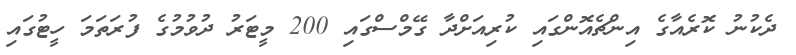
ދެކުނު ކޮރެއާގެ އިންޗެއޮންގައި ކުރިއަށްދާ ގޭމްސްގައި 200 މީޓަރު ދުވުމުގެ ފުރަތަމަ ހީޓުގައި